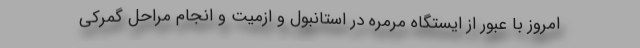
امروز با عبور از ایستگاه مرمره در استانبول و ازمیت و انجام مراحل گمرکی